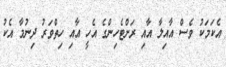
އެކަމަކު ވެސް އާއިލާ އާއި ރަށްޓެހިންގެ އެހީ އާއި ހިތްވަރު ދިނުމާ އެކު